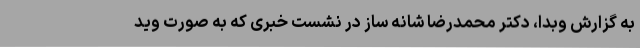
به گزارش وبدا، دکتر محمدرضا شانه‌ ساز در نشست خبری که به صورت وید